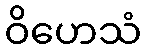
ဝိဟေသံ